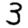
Digit: 3